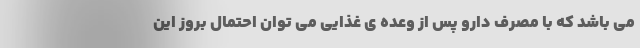
می باشد که با مصرف دارو پس از وعده ی غذایی می توان احتمال بروز این